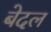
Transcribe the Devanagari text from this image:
बेदल